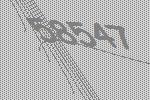
58547